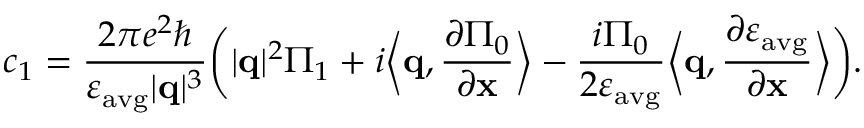
c _ { 1 } = \frac { 2 \pi e ^ { 2 } \hbar } { \varepsilon _ { \mathrm { a v g } } | \mathbf { q } | ^ { 3 } } \bigg ( | \mathbf { q } | ^ { 2 } \Pi _ { 1 } + i \bigg \langle \mathbf { q } , \frac { \partial \Pi _ { 0 } } { \partial \mathbf { x } } \bigg \rangle - \frac { i \Pi _ { 0 } } { 2 \varepsilon _ { \mathrm { a v g } } } \bigg \langle \mathbf { q } , \frac { \partial \varepsilon _ { \mathrm { a v g } } } { \partial \mathbf { x } } \bigg \rangle \bigg ) .